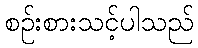
စဉ်းစားသင့်ပါသည်